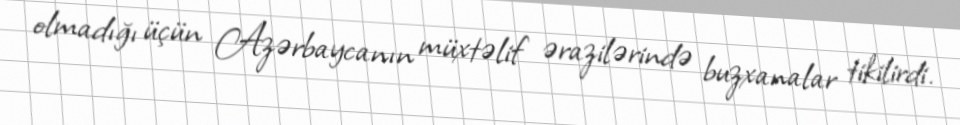
olmadığı üçün Azərbaycanın müxtəlif ərazilərində buzxanalar tikilirdi.